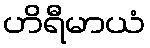
ဟိရီမာယံ